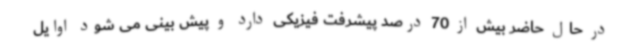
در حال حاضر بیش از 70 درصد پیشرفت فیزیکی دارد و پیش بینی می شود اوایل